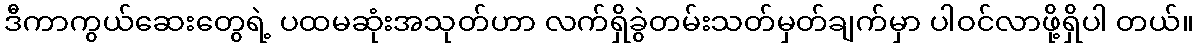
ဒီကာကွယ်ဆေးတွေရဲ့ ပထမဆုံးအသုတ်ဟာ လက်ရှိခွဲတမ်းသတ်မှတ်ချက်မှာ ပါဝင်လာဖို့ရှိပါ တယ်။